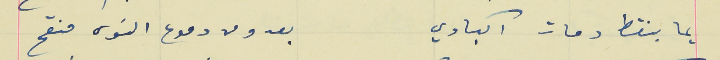
يما بنقط دمات اكبادي                                            بعدو من دموع النوى منقح